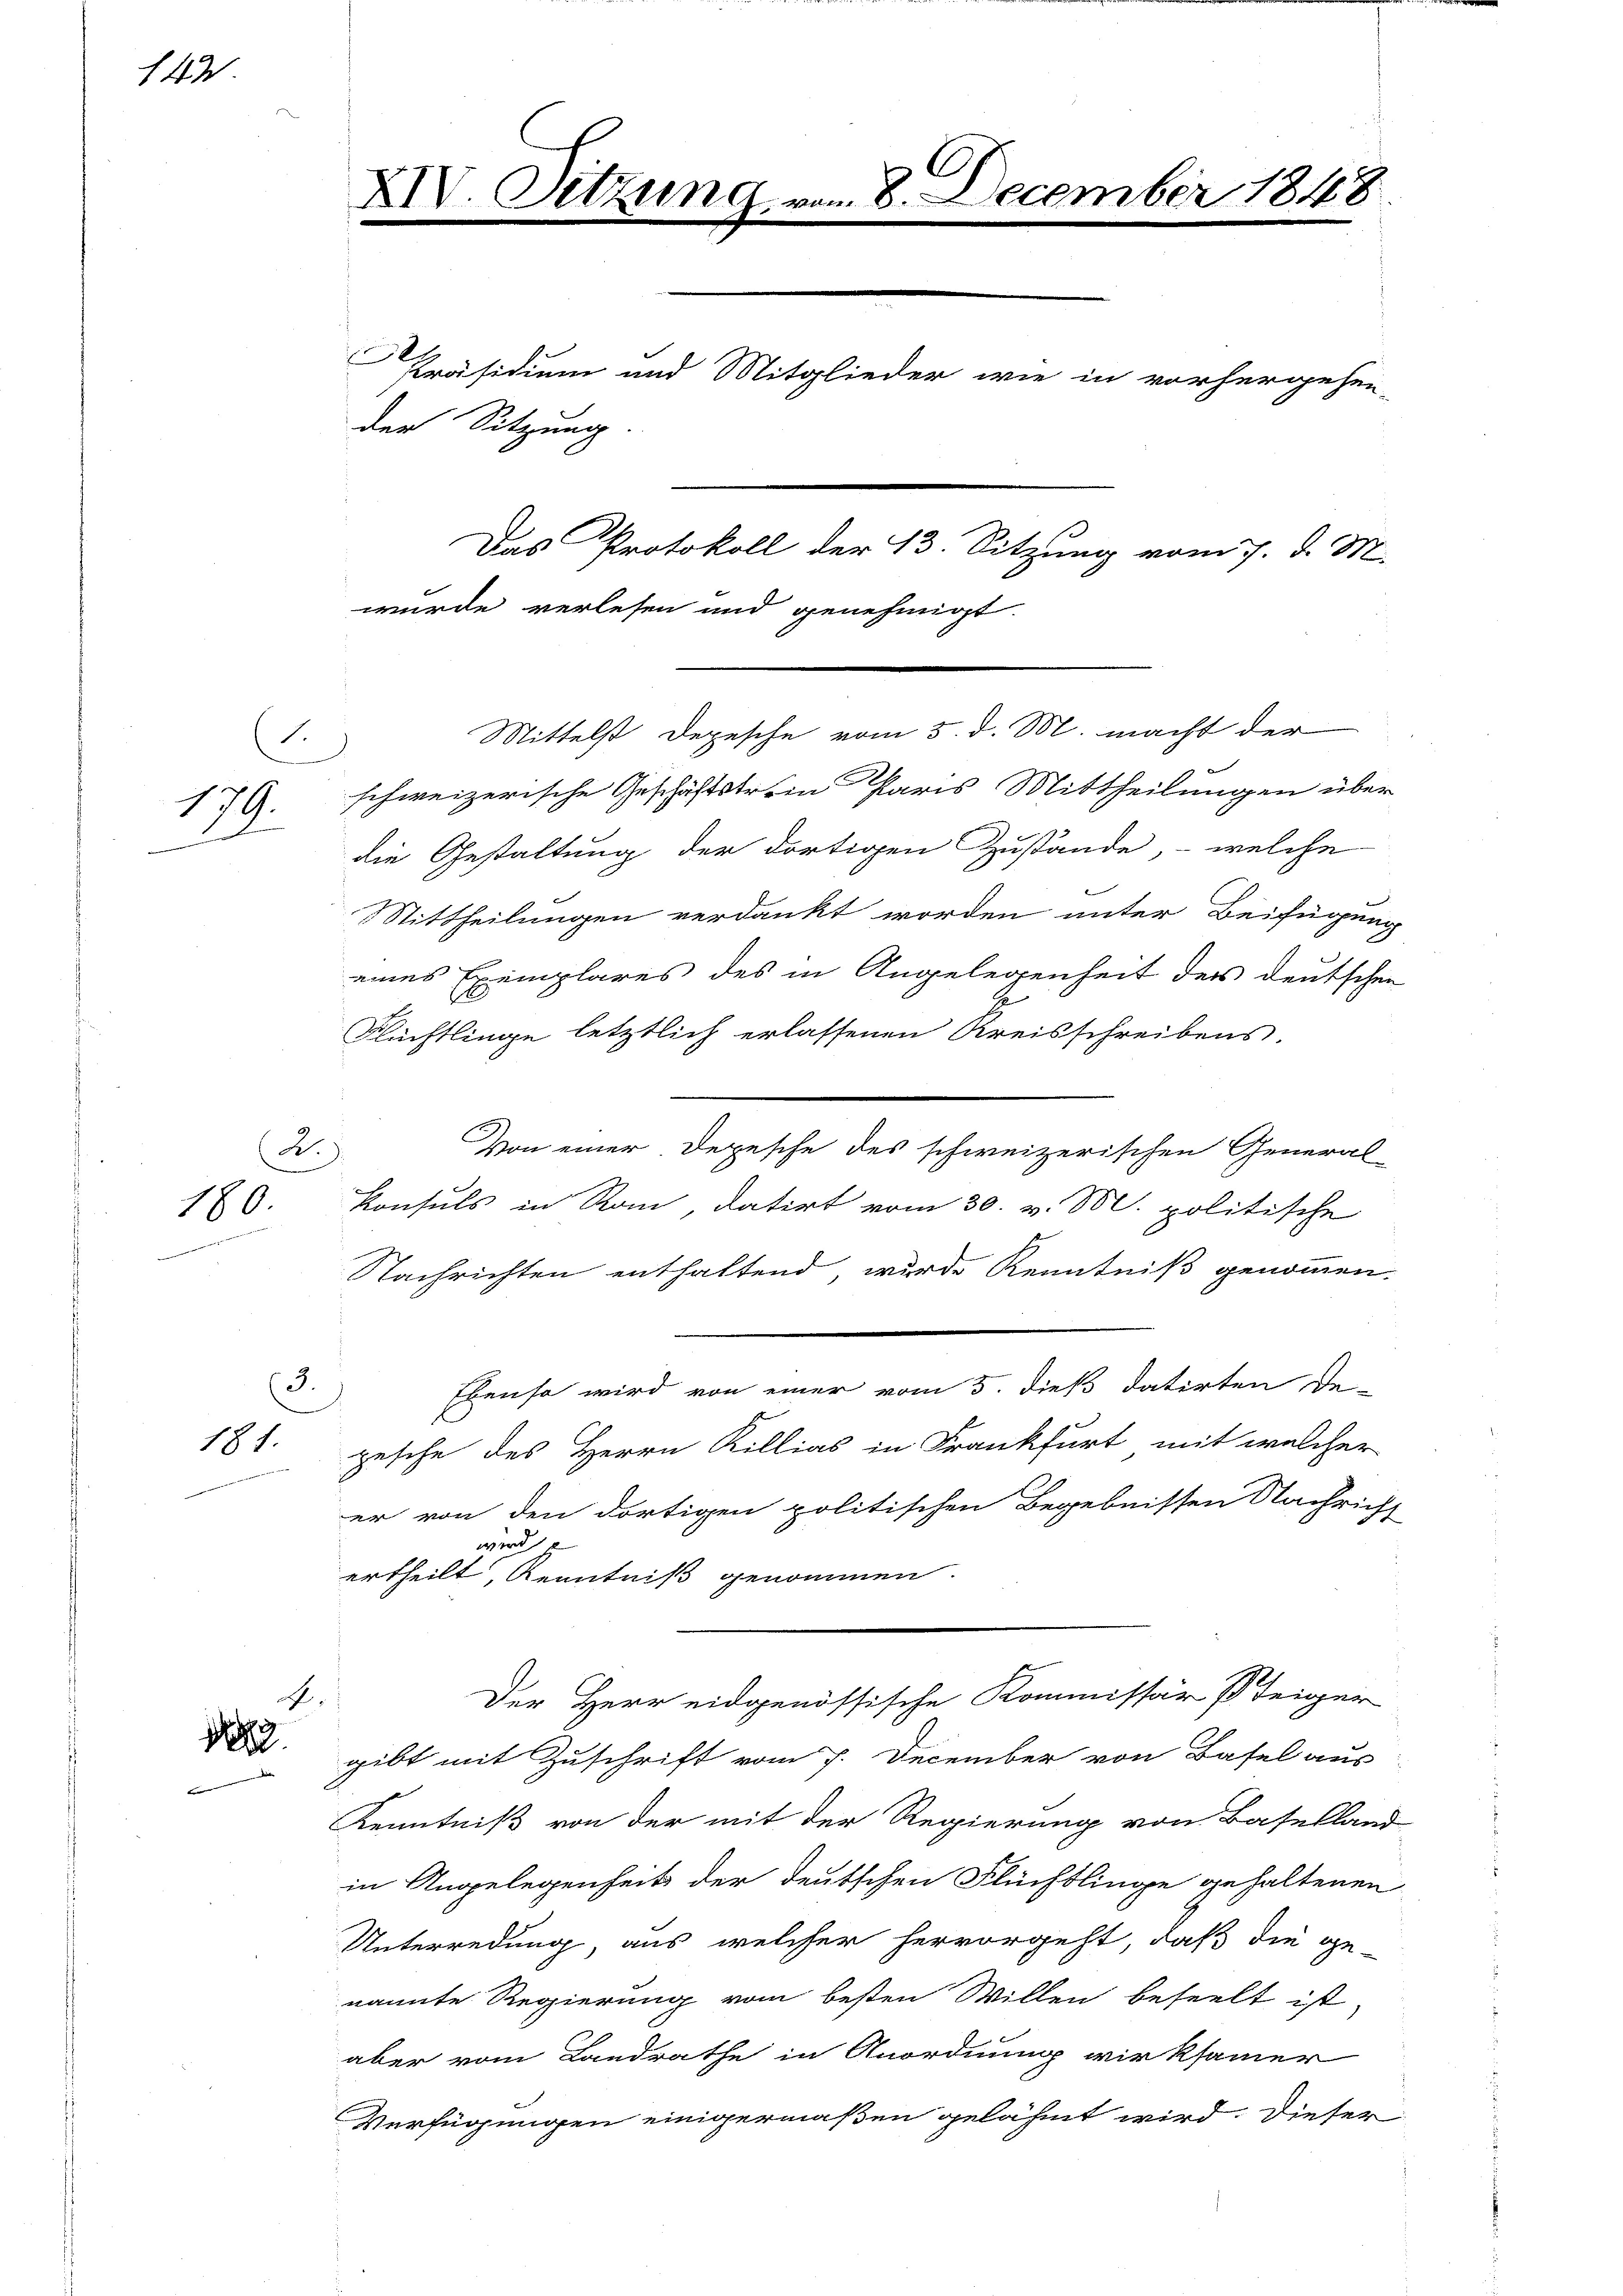
143

179.
.

s

2

180

3.
181.

A.
183
f

1

E

C
XIV. Setzung vom 8. December 1848

Präsidium und Mitglieder wie in vorhergehen-
der Sitzung
Das Protokoll der 13. Sitzung vom 7. d. M.

4

wurde verlesen und genehmigt.

Mittelst Depesche vom 5. d. M. macht der
schweizerische Geschäftstrein Paris Mittheilungen über
die Gestaltung der dortigen Zustände, - welche
Mittheilungen verdankt worden unter Beifügung
eines Exemplares des in Angelegenheit der deutschen
2
Flüchtlinge letztlich erlassenen Kreisschreibens.
Von einer Depesche des schweizerischen General-
Konsuls in Rom datirt vom 30. v. M. politische
Nachrichten enthaltend, wurde Kenntniß genommen.
Ebenso wird von einer vom 5. dieß datirten Be-
pesche des Herrn Killias in Frankfurt, mit welcher
er von den dortigen politischen Begebnissen Nachricht
wird e
ertheilt, Kenntniß genommen.
Der Herr eidgenössische Kommissär steiger
gibt mit Zuschrift vom 7. December von Basel aus
Kenntniß von der mit der Regierung von Baselland
in Angelegenheit der deutschen Flüchtlinge gehaltenen
Unterredung, aus, welcher hervorgeht, daß die ge-
nannte Regierung vom besten Willen beseelt ist,
aber vom Landrathe in Anordnung wirksamer
Verfügungen einigermaßen gelähmt wird. Dieser